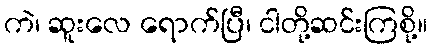
ကဲ၊ ဆူးလေ ရောက်ပြီ၊ ငါတို့ဆင်းကြစို့။